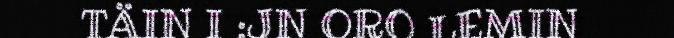
TÄIN I :JN ORO LEMIN